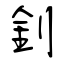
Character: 釗